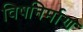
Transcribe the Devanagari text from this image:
विषनिर्माण